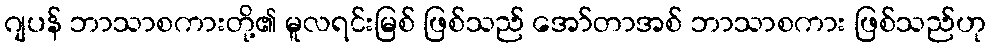
ဂျပန် ဘာသာစကားတို့၏ မူလရင်းမြစ် ဖြစ်သည် အော်တာအစ် ဘာသာစကား ဖြစ်သည်ဟု